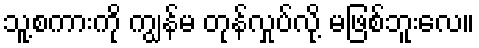
သူ့စကားကို ကျွန်မ တုန်လှုပ်လို့ မဖြစ်ဘူးလေ။